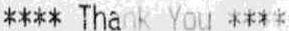
**** THANK YOU ****